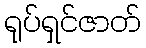
ရုပ်ရှင်ဇာတ်